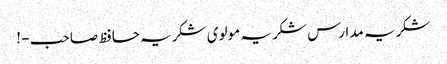
شکریہ مدارس شکریہ مولوی شکریہ حافظ صاحب - !